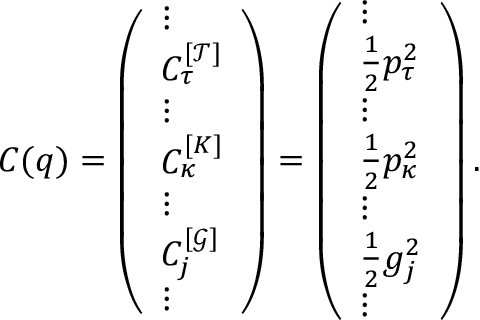
C ( q ) = \left( \begin{array} { l } { \vdots } \\ { C _ { \tau } ^ { [ \mathcal { T } ] } } \\ { \vdots } \\ { C _ { \kappa } ^ { [ K ] } } \\ { \vdots } \\ { C _ { j } ^ { [ \mathcal { G } ] } } \\ { \vdots } \end{array} \right) = \left( \begin{array} { l } { \vdots } \\ { \frac { 1 } { 2 } p _ { \tau } ^ { 2 } } \\ { \vdots } \\ { \frac { 1 } { 2 } p _ { \kappa } ^ { 2 } } \\ { \vdots } \\ { \frac { 1 } { 2 } g _ { j } ^ { 2 } } \\ { \vdots } \end{array} \right) .